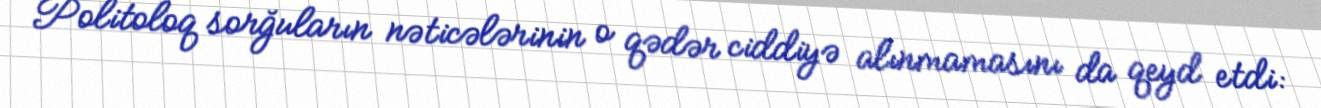
Politoloq sorğuların nəticələrinin o qədər ciddiyə alınmamasını da qeyd etdi: